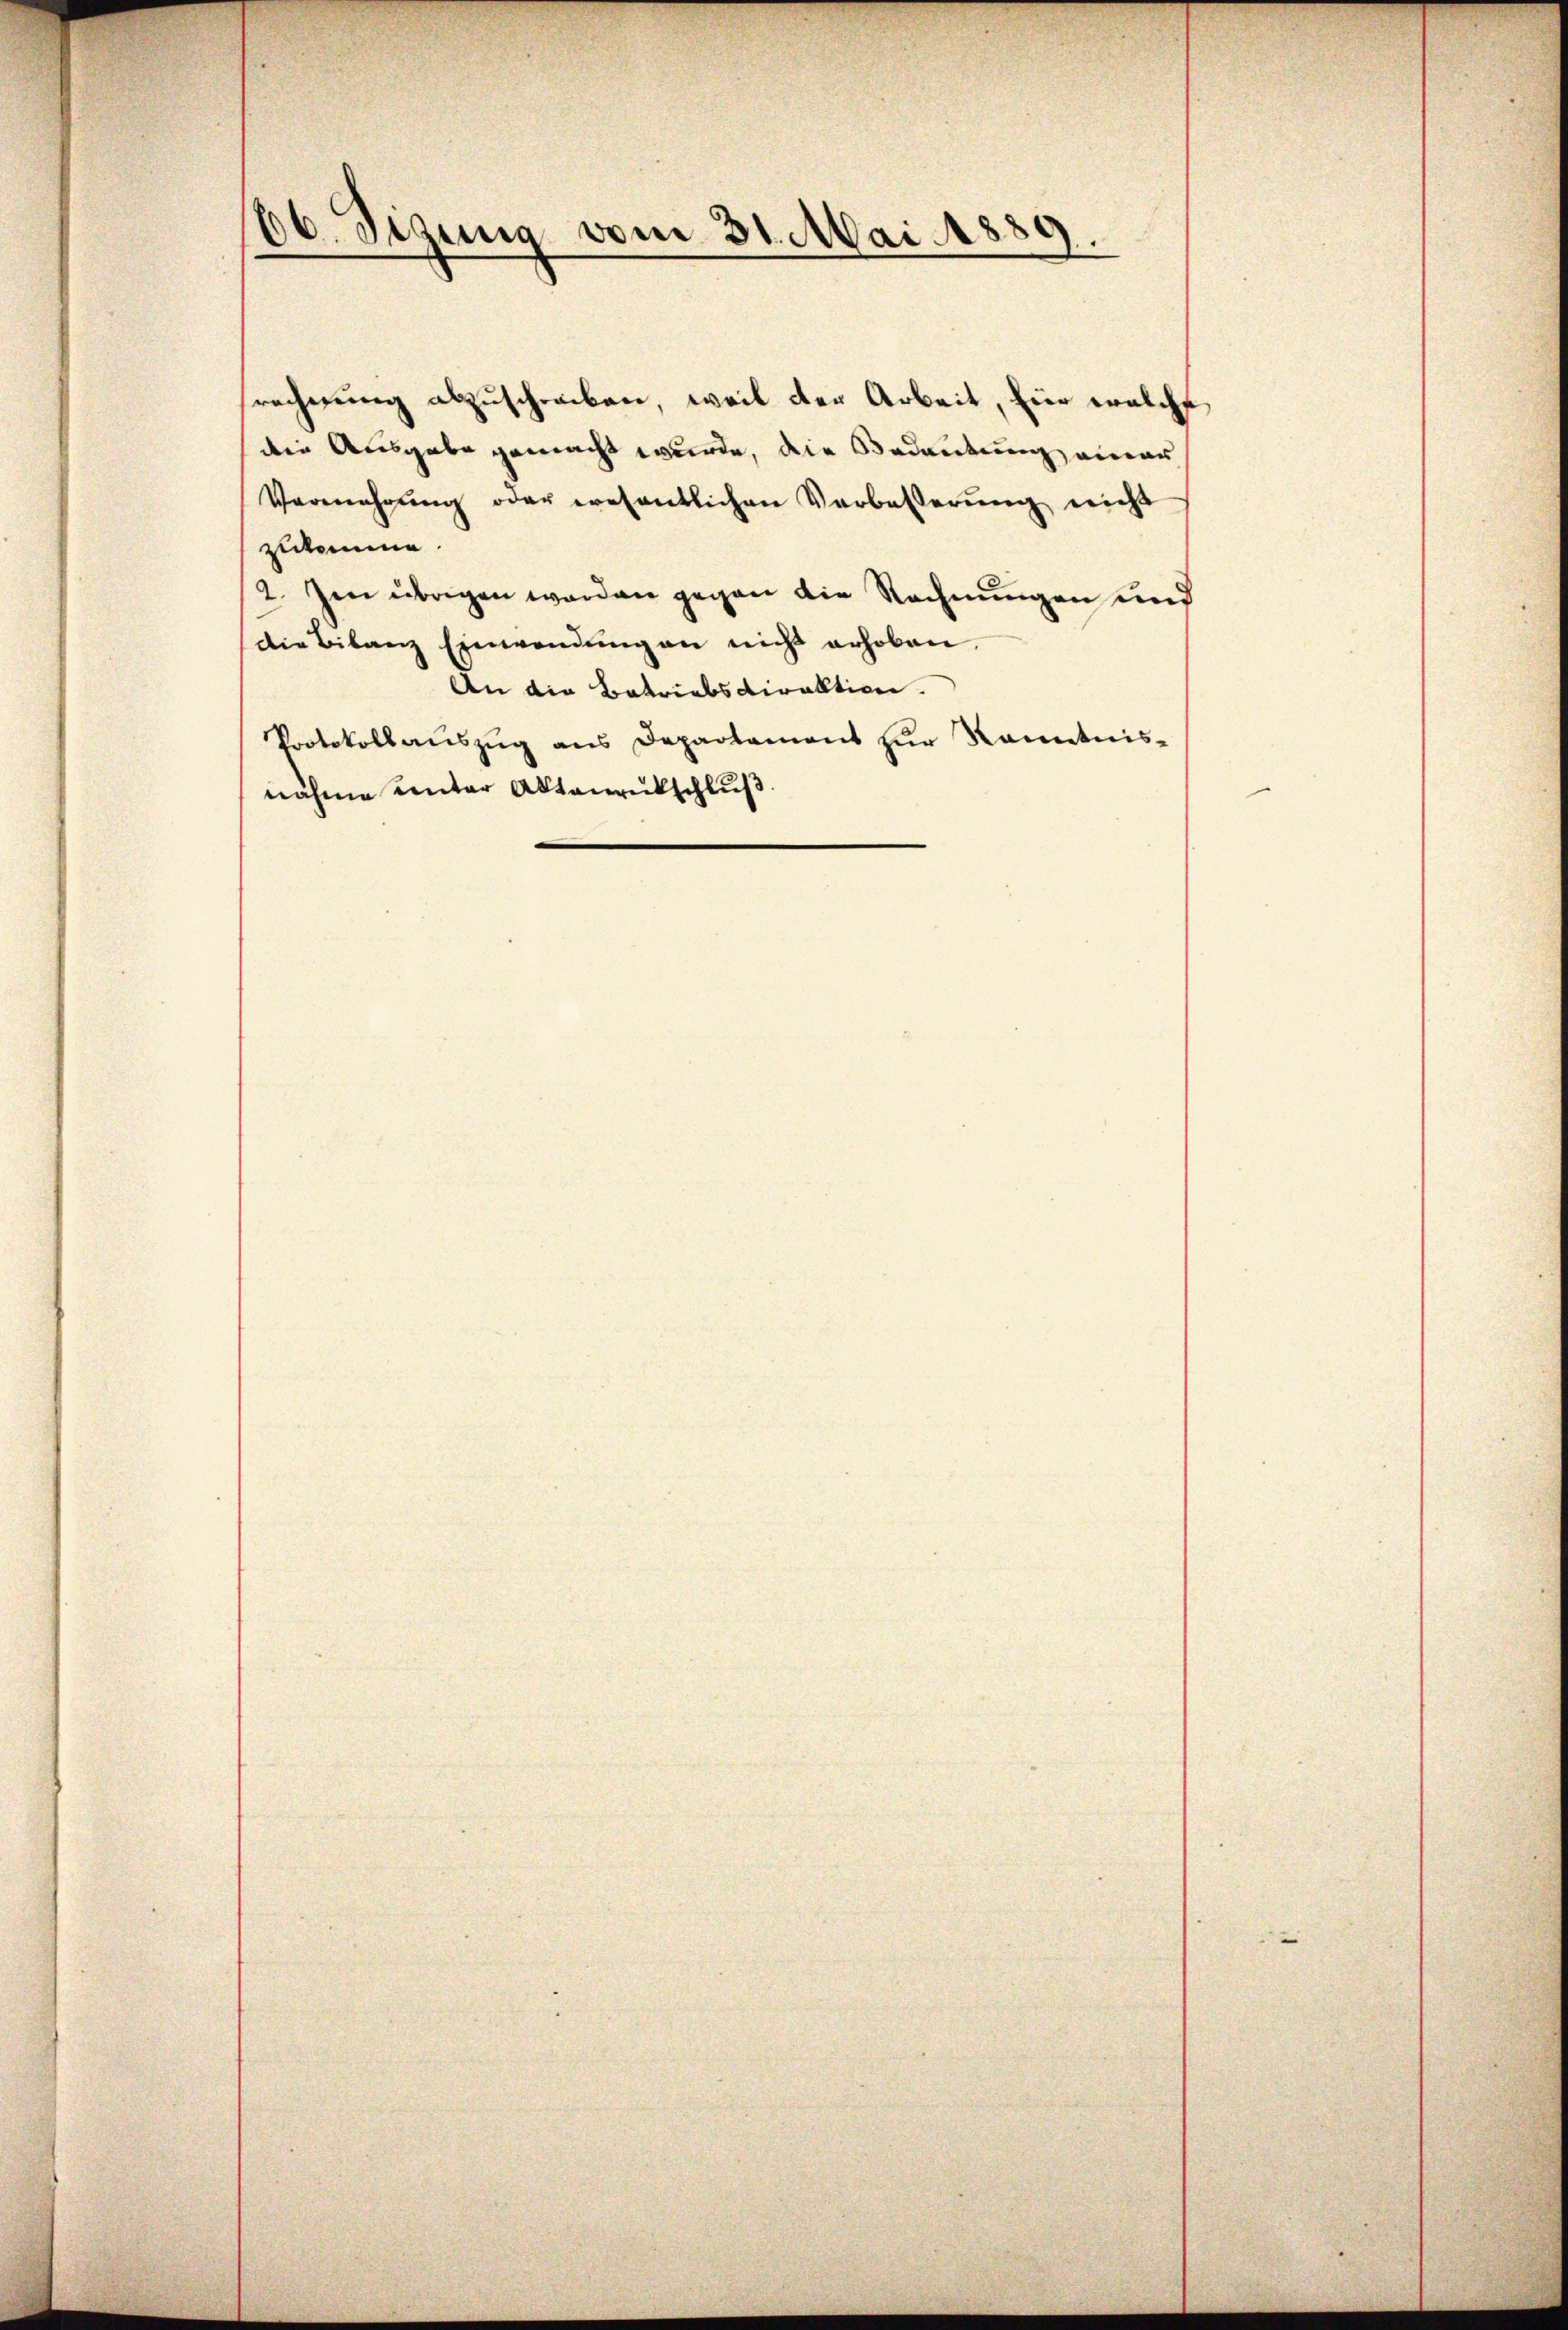
1
30. Sigung vom 31. Mai 1889
.
.

rechnung abzuschreiben, weil der Arbeit, Eier welche
die Ausgabe gemacht wurde, die Bedeutung einer
Vermehrŭng oder wesentlichen Verbesserŭng nicht
zukomme.
2. Im übrigen werden gegen die Rechnungen und
die Bilanz Einwendŭng an nicht erhoben.
An die Betriebsdirektion.
Protokollaŭszŭg ans Departament zŭr Kenntnis-
nähme unter Aktenrutschluß